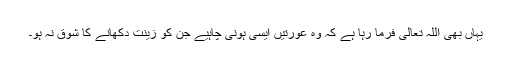
یہاں بھی اللہ تعالیٰ فرما رہا ہے کہ وہ عورتیں ایسی ہونی چاہیے جن کو زینت دکھانے کا شوق نہ ہو۔